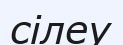
сілеу